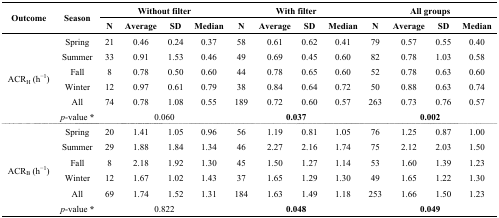
| <ROWSPAN=2> Outcome | <ROWSPAN=2> Season | <COLSPAN=4> Without filter | <COLSPAN=4> With filter | <COLSPAN=4> All groups |
 | N | Average | SD | Median | N | Average | SD | Median | N | Average | SD | Median |
 | --- | --- | --- | --- | --- | --- | --- | --- | --- | --- | --- | --- | --- | --- |
 | <ROWSPAN=6> ACRH (h−1) | Spring | 21 | 0.46 | 0.24 | 0.37 | 58 | 0.61 | 0.62 | 0.41 | 79 | 0.57 | 0.55 | 0.40 |
 | Summer | 33 | 0.91 | 1.53 | 0.46 | 49 | 0.69 | 0.45 | 0.60 | 82 | 0.78 | 1.03 | 0.58 |
 | Fall | 8 | 0.78 | 0.50 | 0.60 | 44 | 0.78 | 0.65 | 0.60 | 52 | 0.78 | 0.63 | 0.60 |
 | Winter | 12 | 0.97 | 0.61 | 0.79 | 38 | 0.84 | 0.64 | 0.72 | 50 | 0.88 | 0.63 | 0.74 |
 | All | 74 | 0.78 | 1.08 | 0.55 | 189 | 0.72 | 0.60 | 0.57 | 263 | 0.73 | 0.76 | 0.57 |
 | p-value * | <COLSPAN=4> 0.060 | <COLSPAN=4> 0.037 | <COLSPAN=4> 0.002 |
 | <ROWSPAN=6> ACRB (h−1) | Spring | 20 | 1.41 | 1.05 | 0.96 | 56 | 1.19 | 0.81 | 1.05 | 76 | 1.25 | 0.87 | 1.00 |
 | Summer | 29 | 1.88 | 1.84 | 1.34 | 46 | 2.27 | 2.16 | 1.74 | 75 | 2.12 | 2.03 | 1.50 |
 | Fall | 8 | 2.18 | 1.92 | 1.30 | 45 | 1.50 | 1.27 | 1.14 | 53 | 1.60 | 1.39 | 1.23 |
 | Winter | 12 | 1.67 | 1.02 | 1.43 | 37 | 1.65 | 1.29 | 1.30 | 49 | 1.65 | 1.22 | 1.30 |
 | All | 69 | 1.74 | 1.52 | 1.31 | 184 | 1.63 | 1.49 | 1.18 | 253 | 1.66 | 1.50 | 1.23 |
 | p-value * | <COLSPAN=4> 0.822 | <COLSPAN=4> 0.048 | <COLSPAN=4> 0.049 |